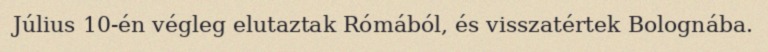
Július 10-én végleg elutaztak Rómából, és visszatértek Bolognába.